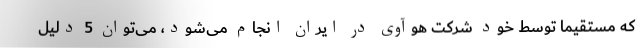
که مستقیما توسط خود شرکت هوآوی در ایران انجام می‌شود، می‌توان 5 دلیل